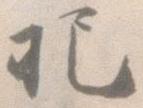
把